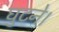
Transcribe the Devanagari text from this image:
घुटने।